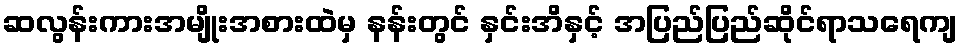
ဆလွန်းကားအမျိုးအစားထဲမှ နန်းတွင် နှင်းအိနှင့် အပြည်ပြည်ဆိုင်ရာသရေကျ